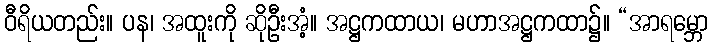
ဝီရိယတည်း။ ပန၊ အထူးကို ဆိုဦးအံ့။ အဋ္ဌကထာယ၊ မဟာအဋ္ဌကထာ၌။ “အာရမ္ဘော